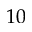
1 0